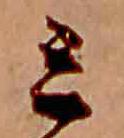
ミ